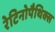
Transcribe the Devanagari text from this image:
रेटिनोपैथिक्स